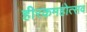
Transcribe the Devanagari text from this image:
हीरकमहोत्सव